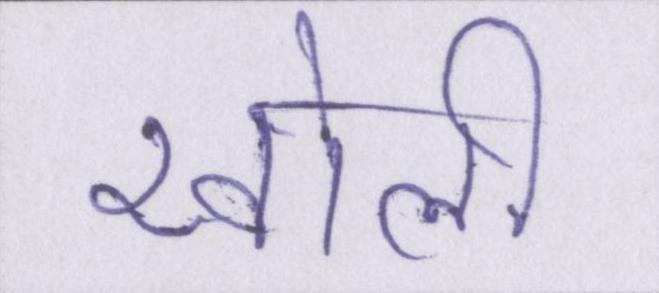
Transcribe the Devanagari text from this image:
खोली